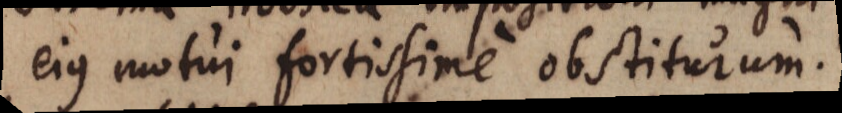
ejus motui fortissime obstiturum.